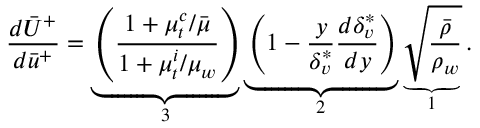
\frac { d \bar { U } ^ { + } } { d \bar { u } ^ { + } } = \underbrace { \left( \frac { 1 + \mu _ { t } ^ { c } / \Bar { \mu } } { 1 + \mu _ { t } ^ { i } / \mu _ { w } } \right) } _ { 3 } \underbrace { \left( { 1 - \frac { y } { \delta _ { v } ^ { * } } \frac { d \delta _ { v } ^ { * } } { d y } } \right) } _ { 2 } \underbrace { { \sqrt { \frac { \bar { \rho } } { \rho _ { w } } } } } _ { 1 } .